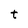
Character: t